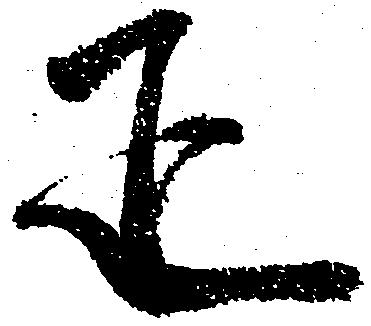
疋